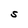
Character: S